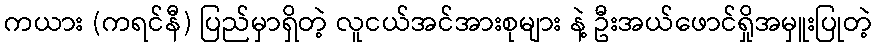
ကယား (ကရင်နီ) ပြည်မှာရှိတဲ့ လူငယ်အင်အားစုများ နဲ့ ဦးအယ်ဖောင်ရှိုအမှူးပြုတဲ့